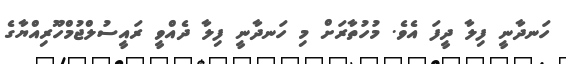
ހަނދާނީ ފިލާ ދީފަ އެވެ. މުހުތާރަށް މި ހަނދާނީ ފިލާ ދެއްވީ ރައީސުލްޖުމްހޫރިއްޔާގެ